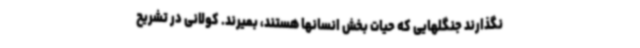
نگذارند جنگلهایی که حیات بخش انسانها هستند، بمیرند. کولانی در تشریح